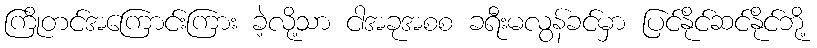
ကြိုတင်အကြောင်းကြား ခဲ့လို့သာ ငါအခုအစစ ခရီးမလွန်ခင်မှာ ပြင်နိုင်ဆင်နိုင်ဘို့